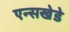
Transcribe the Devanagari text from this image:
एन्सखेडे